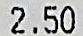
2.50